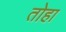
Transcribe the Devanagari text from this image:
तोहा